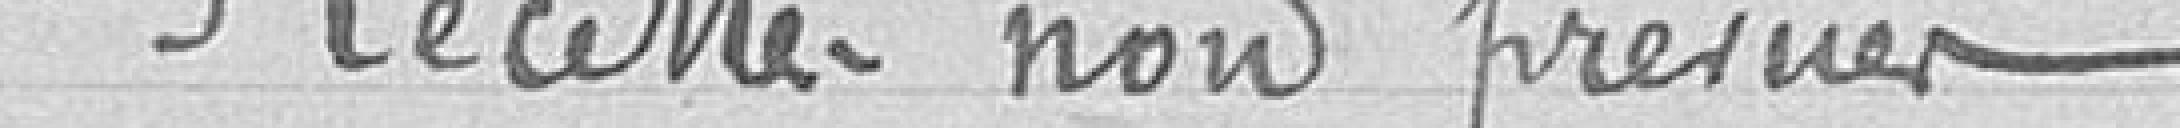
Recettes non prévues